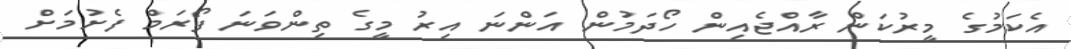
އެކަމުގެ މީރުކަން ރާއްޖެއިން ހޯދަމުން އަންނަ އިރު މީގެ ތިންވަނަ ފޯރަމް ފެށުމަށް